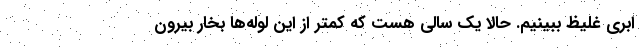
ابری غلیظ ببینیم. حالا یک سالی هست که کمتر از این لوله‌ها بخار بیرون